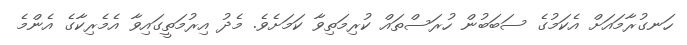
ހަނގުރާމައަށް އެކަމުގެ ސަބަބުން ހުރަސްތައް ކުރިމަތިވާ ކަމަށެވެ. މެދު އިރުމަތީގައިވާ އެމެރިކާގެ އެންމެ